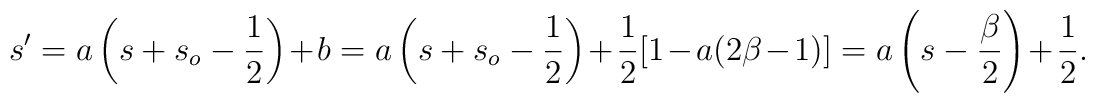
s' = a \left(s + s_o - \frac{1}{2}\right) + b =a \left(s + s_o - \frac{1}{2}\right)  + \frac{1}{2} [1 - a (2 \beta - 1)] =a \left(s - \frac{\beta}{2}\right) + \frac{1}{2}.